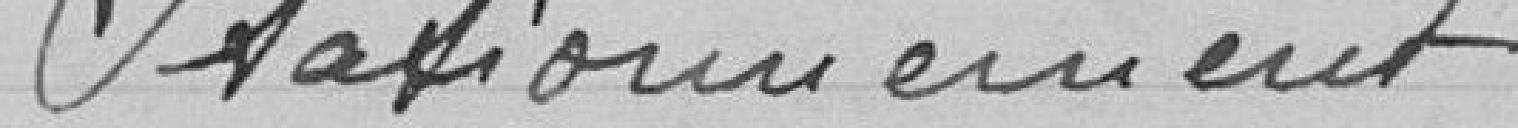
Stationnement